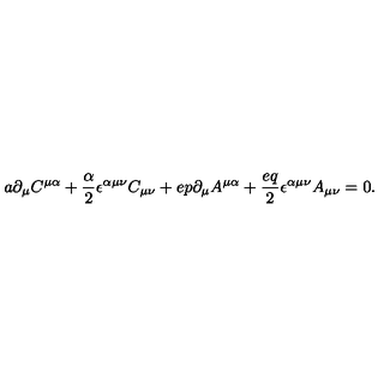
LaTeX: a \partial _ { \mu } C ^ { \mu \alpha } + { \frac { \alpha } { 2 } } \epsilon ^ { \alpha \mu \nu } C _ { \mu \nu } + e p \partial _ { \mu } A ^ { \mu \alpha } + { \frac { e q } { 2 } } \epsilon ^ { \alpha \mu \nu } A _ { \mu \nu } = 0 .